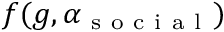
f ( g , \alpha _ { \mathrm { ~ s ~ o ~ c ~ i ~ a ~ l ~ } } )